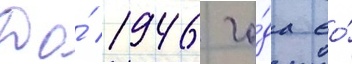
До́ 1946 го́да ео́